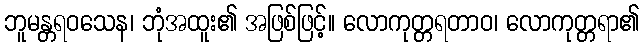
ဘူမန္တရဝသေန၊ ဘုံအထူး၏ အဖြစ်ဖြင့်။ လောကုတ္တရတာဝ၊ လောကုတ္တရာ၏